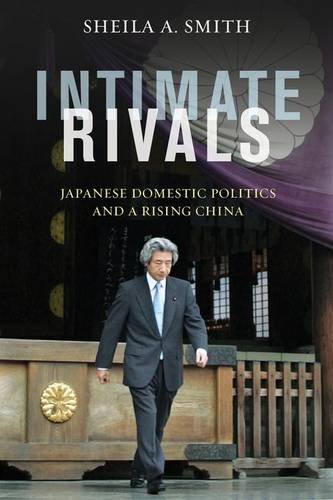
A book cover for Intimate Rivals: Japanese Domestic Politics and a Rising China (A Council on Foreign Relations Book); Sheila A. Smith; History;